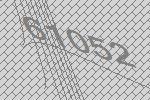
61052